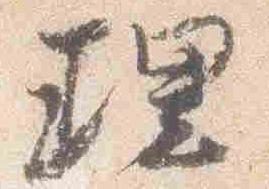
理